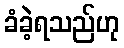
ခံခဲ့ရသည်ဟု